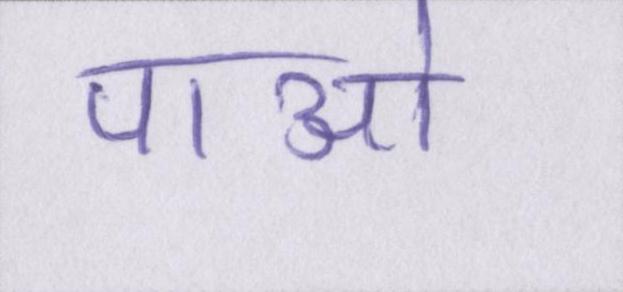
पाओ